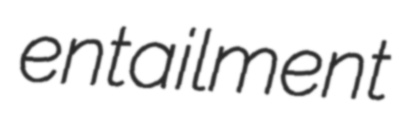
entailment